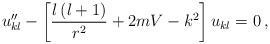
\begin{align*}u''_{kl}-\left[\frac{l\left(l+1\right)}{r^2}+2mV-k^2\right]u_{kl}=0\,,\end{align*}